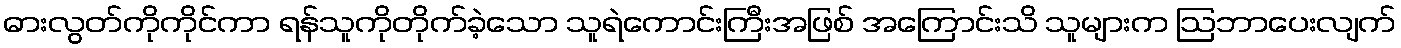
ဓားလွတ်ကိုကိုင်ကာ ရန်သူကိုတိုက်ခဲ့သော သူရဲကောင်းကြီးအဖြစ် အကြောင်းသိ သူများက ဩဘာပေးလျက်